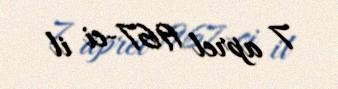
7 aprel 1967-ci il